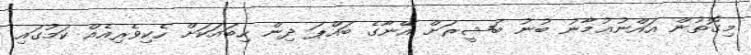
މިގޮތުން އައްނުޢުމާނު ބުނު ބަޝީރަށް އޭނާގެ ބައްޕަ ދިން ހިބައަކަށް ހެކިވެރިއެއް ކަމުގައި